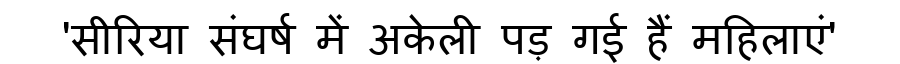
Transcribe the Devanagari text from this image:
'सीरिया संघर्ष में अकेली पड़ गई हैं महिलाएं'